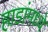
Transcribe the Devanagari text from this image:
हाडांमध्ये